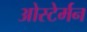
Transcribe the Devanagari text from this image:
ओस्टेर्मन